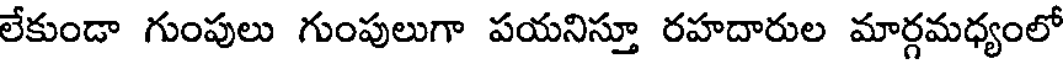
లేకుండా గుంపులు గుంపులుగా పయనిస్తూ రహదారుల మార్గమధ్యంలో